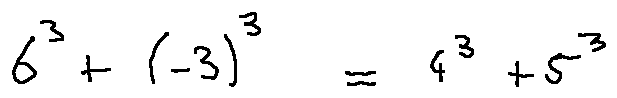
6 ^ { 3 } + ( - 3 ) ^ { 3 } = 4 ^ { 3 } + 5 ^ { 3 }